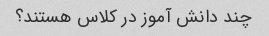
چند دانش آموز در کلاس هستند؟